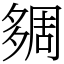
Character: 㚋